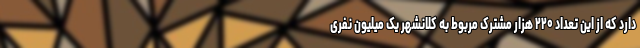
دارد که از این تعداد ۲۲۰ هزار مشترک مربوط به کلانشهر یک میلیون نفری